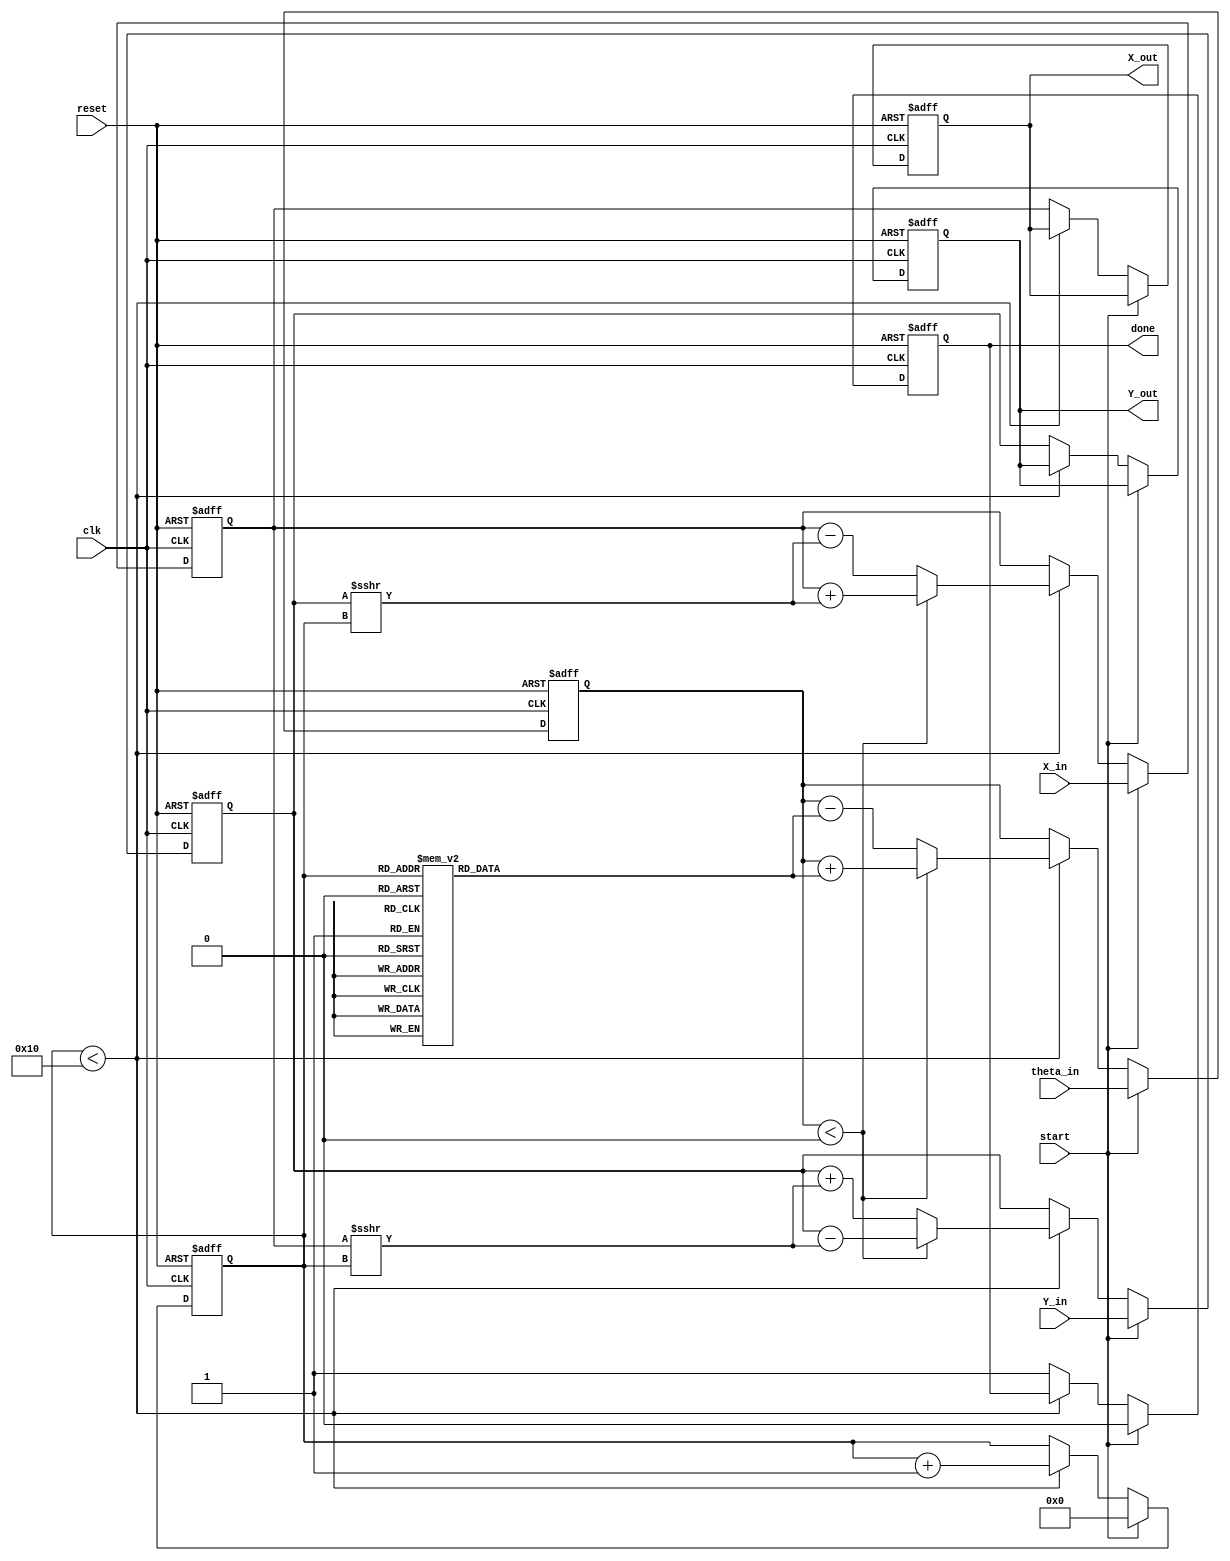
module cordic (
    input wire clk,
    input wire reset,
    input wire start,
    input wire [15:0] X_in,      // Input X coordinate
    input wire [15:0] Y_in,      // Input Y coordinate
    input wire [15:0] theta_in,  // Input angle in fixed-point format
    output reg [15:0] X_out,     // Output X coordinate
    output reg [15:0] Y_out,     // Output Y coordinate
    output reg done              // Operation complete signal
);

    parameter N = 16; // Number of iterations
    reg [15:0] X_reg, Y_reg; // Registers for X and Y
    reg [15:0] theta_reg; // Register for theta
    reg [3:0] iteration; // Iteration counter
    reg [15:0] atan_table [0:N-1]; // Lookup table for atan(2^-i)

    // Initialize atan_table with precomputed values
    initial begin
        atan_table[0] = 16'h2000; // atan(1) = pi/4 in fixed-point
        atan_table[1] = 16'h1000; // atan(0.5)
        atan_table[2] = 16'h0800; // atan(0.25)
        atan_table[3] = 16'h0400; // atan(0.125)
        atan_table[4] = 16'h0200; // atan(0.0625)
        atan_table[5] = 16'h0100; // atan(0.03125)
        atan_table[6] = 16'h0080; // atan(0.015625)
        atan_table[7] = 16'h0040; // atan(0.0078125)
        atan_table[8] = 16'h0020; // atan(0.00390625)
        atan_table[9] = 16'h0010; // atan(0.001953125)
        atan_table[10] = 16'h0008; // atan(0.0009765625)
        atan_table[11] = 16'h0004; // atan(0.00048828125)
        atan_table[12] = 16'h0002; // atan(0.000244140625)
        atan_table[13] = 16'h0001; // atan(0.0001220703125)
        atan_table[14] = 16'h0000; // atan(0)
        atan_table[15] = 16'h0000; // atan(0)
    end

    // Control logic
    always @(posedge clk or posedge reset) begin
        if (reset) begin
            X_reg <= 0;
            Y_reg <= 0;
            theta_reg <= 0;
            iteration <= 0;
            done <= 0;
            X_out <= 0;
            Y_out <= 0;
        end else if (start) begin
            // Initialize registers
            X_reg <= X_in;
            Y_reg <= Y_in;
            theta_reg <= theta_in;
            iteration <= 0;
            done <= 0;
        end else if (iteration < N) begin
            // CORDIC iteration logic
            if (theta_reg < 0) begin
                // Perform clockwise rotation
                X_reg <= X_reg + (Y_reg >>> iteration);
                Y_reg <= Y_reg - (X_reg >>> iteration);
                theta_reg <= theta_reg + atan_table[iteration];
            end else begin
                // Perform counterclockwise rotation
                X_reg <= X_reg - (Y_reg >>> iteration);
                Y_reg <= Y_reg + (X_reg >>> iteration);
                theta_reg <= theta_reg - atan_table[iteration];
            end
            iteration <= iteration + 1;
        end else begin
            // Operation complete
            X_out <= X_reg;
            Y_out <= Y_reg;
            done <= 1;
        end
    end

endmodule